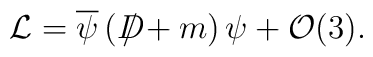
{\cal L}=\overline{\psi }\left( D\!\!\!\!\slash+m\right) \psi +{\cal O}(3).